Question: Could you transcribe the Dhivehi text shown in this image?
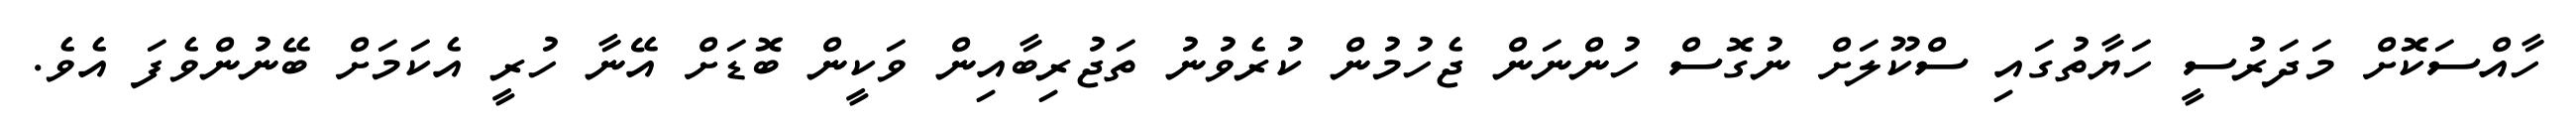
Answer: ހާއްސަކޮށް މަދަރުސީ ހަޔާތުގައި ސްކޫލަށް ނުގޮސް ހުންނަން ޖެހުމުން ކުރެވުނު ތަޖުރިބާއިން ވަކީން ބޮޑަށް އޭނާ ހުރީ އެކަމަށް ބޭނުންވެފަ އެވެ.